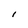
Character: 1